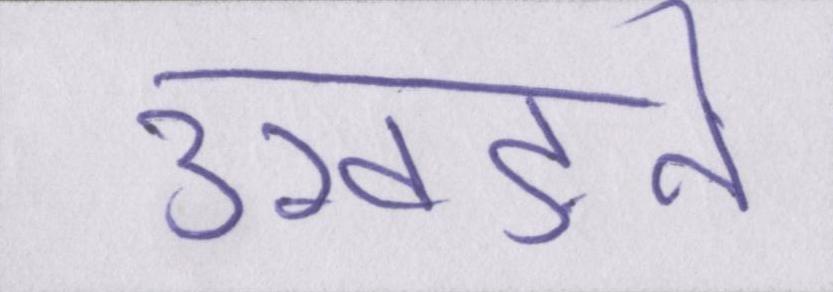
उखड़ने